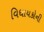
વિધાયકોની